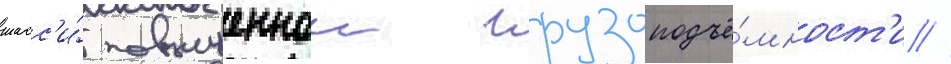
шасс'и́ повышеннои грузоподъё́мност'и //